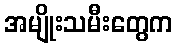
အမျိုးသမီးတွေက